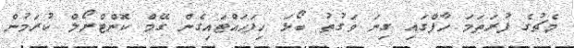
މެޗުގެ ފުރަތަމަ ހާފްގައި ގިނަ ވަގުތު ބޯޅަ ހިފަހައްޓައިގެން ގޭމް ކޮންޓްރޯލް ކުރަމުން